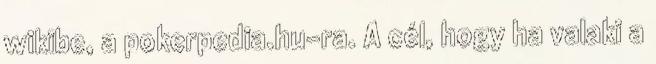
wikibe, a pokerpedia.hu-ra. A cél, hogy ha valaki a